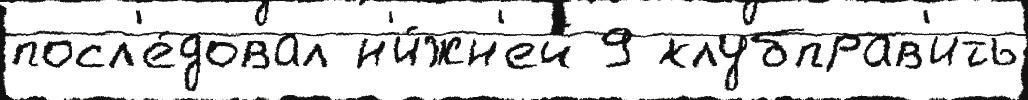
посл'е́довал н'и́жн'ей 9 клубправ'ить